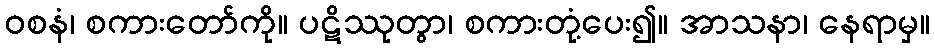
ဝစနံ၊ စကားတော်ကို။ ပဋိဿုတွာ၊ စကားတုံ့ပေး၍။ အာသနာ၊ နေရာမှ။